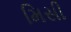
મિસી